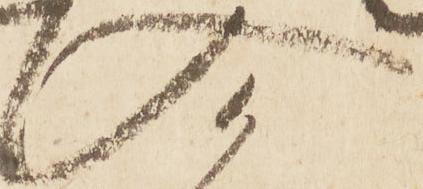
入